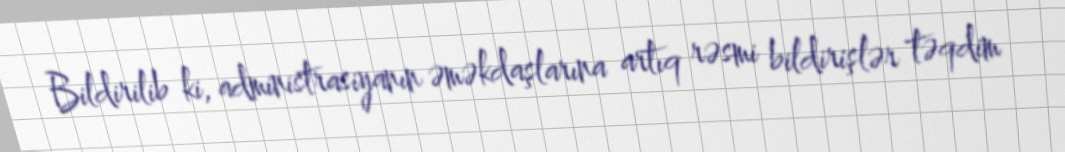
Bildirilib ki, administrasiyanın əməkdaşlarına artıq rəsmi bildirişlər təqdim